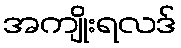
အကျိုးရလဒ်